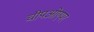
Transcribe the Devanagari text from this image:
चीपओएयर